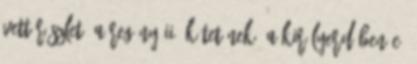
vett részlet: a regény II. kötetének, A Királyerdőben c.